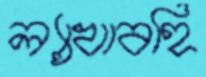
ল্যাখাবহি